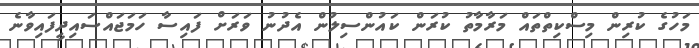
މަހުގެ ކުރިން މިސްކިތްތައް މަރާމާތު ކުރަން ކައުންސިލުން އެދުނު ވަރަށް ފައިސާ ހަމަޖައްސައިދީފައިވާނެ